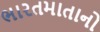
ભારતમાતાનો